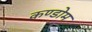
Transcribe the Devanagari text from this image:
कण्डोम